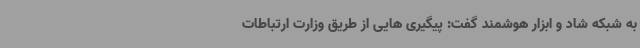
به شبکه شاد و ابزار هوشمند گفت: پیگیری هایی از طریق وزارت ارتباطات